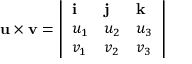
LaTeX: \mathbf { u \times v } = { \left| \begin{array} { l l l } { \mathbf { i } } & { \mathbf { j } } & { \mathbf { k } } \\ { u _ { 1 } } & { u _ { 2 } } & { u _ { 3 } } \\ { v _ { 1 } } & { v _ { 2 } } & { v _ { 3 } } \end{array} \right| }